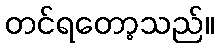
တင်ရတော့သည်။